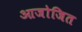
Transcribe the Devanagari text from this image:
आजोजित